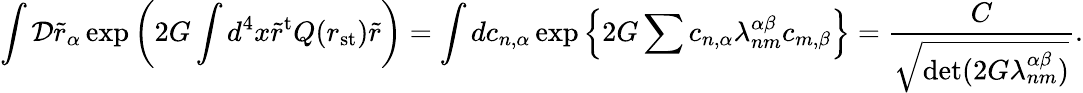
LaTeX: \int{\cal D}\tilde{r}_{\alpha}\exp\left(2G\int d^{4}x\tilde{r}^{\mathrm{t}}Q(r_{\mathrm{st}})\tilde{r}\right)=\int dc_{n,\alpha}\exp\left\{ 2G\sum c_{n,\alpha}\lambda_{nm}^{\alpha\beta}c_{m,\beta}\right\} =\frac{C}{\sqrt{\operatorname*{det}(2G\lambda_{nm}^{\alpha\beta})}}.